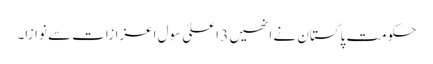
حکومت پاکستان نے انھیں 3 اعلیٰ سول اعزازات سے نوازا۔